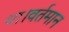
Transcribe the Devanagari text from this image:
था।वर्तमान